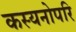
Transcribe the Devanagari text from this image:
कस्यनोपरि